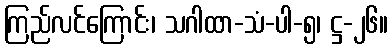
ကြည်လင်ကြောင်း၊ သဂါထာ-သံ-ပါ-၅၊ ဋ္ဌ-၂၆။